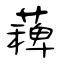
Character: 薭